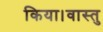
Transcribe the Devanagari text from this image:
किया।वास्तु